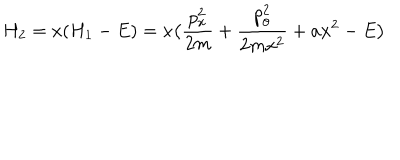
LaTeX: H _ { 2 } = x ( H _ { 1 } - E ) = x \bigl ( \frac { p _ { x } ^ { 2 } } { 2 m } + \frac { p _ { \theta } ^ { 2 } } { 2 m x ^ { 2 } } + a x ^ { 2 } - E \bigr )